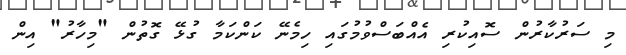
މި ސަރުކާރުން ސޮއިކުރި އެއްބަސްވުމުގައި ހިމެނޭ ކަންކަމާ ގުޅޭ ގޮތުން "މިހާރު" އިން